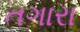
તગારા